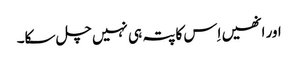
اور انھیں اِس کا پتہ ہی نہیں چل سکا۔